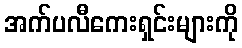
အက်ပလီကေးရှင်းများကို